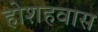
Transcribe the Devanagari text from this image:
होशहवास